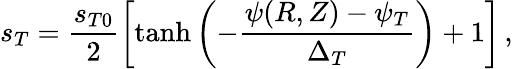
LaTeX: s_{T}=\frac{s_{T0}}{2}\left[\operatorname{tanh}\left(-\frac{\psi(R,Z)-\psi_{T}}{\Delta_{T}}\right)+1\right]\, ,